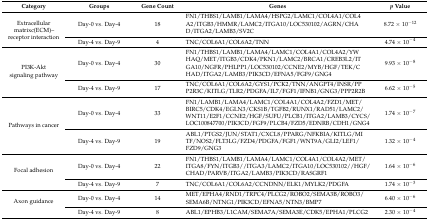
<table><thead><tr><td><b>Category</b></td><td><b>Groups</b></td><td><b>Gene Count</b></td><td><b>Genes</b></td><td><b><i>p</i> Value</b></td></tr></thead><tbody><tr><td rowspan="2">Extracellular matrixc(ECM)–receptor interaction</td><td>Day-0 vs. Day-4</td><td>18</td><td>FN1/THBS1/LAMB1/LAMA4/HSPG2/LAMC1/COL4A1/COL4A2/ITGB3/HMMR/LAMC2/ITGA10/LOC530102/AGRN/CHAD/ITGA2/LAMB3/SV2C</td><td>8.72 × 10<sup>−12</sup></td></tr><tr><td>Day-4 vs. Day-9</td><td>4</td><td>TNC/COL6A1/COL6A2/TNN</td><td>4.74 × 10<sup>−</sup><sup>4</sup></td></tr><tr><td rowspan="2">PI3K-Akt signaling pathway</td><td>Day-0 vs. Day-4</td><td>30</td><td>FN1/THBS1/LAMB1/LAMA4/LAMC1/COL4A1/COL4A2/YWHAQ/MET/ITGB3/CDK4/PKN1/LAMC2/BRCA1/CREB3L2/ITGA10/NGFR/PHLPP1/LOC530102/CCNE2/MYB/HGF/TEK/CHAD/ITGA2/LAMB3/PIK3CD/EFNA5/FGF9/GNG4</td><td>9.93 × 10<sup>−</sup><sup>8</sup></td></tr><tr><td>Day-4 vs. Day-9</td><td>17</td><td>TNC/COL6A1/COL6A2/GYS1/PCK2/TNN/ANGPT4/INSR/PPP2R3C/KITLG/TLR2/PDGFA/IL7/FGF1/IFNB1/GNG3/PPP2R2B</td><td>6.62 × 10<sup>−</sup><sup>5</sup></td></tr><tr><td rowspan="2">Pathways in cancer</td><td>Day-0 vs. Day-4</td><td>33</td><td>FN1/LAMB1/LAMA4/LAMC1/COL4A1/COL4A2/FZD1/MET/BIRC5/CDK4/EGLN3/CKS1B/TGFB2/RUNX1/RAD51/LAMC2/WNT11/E2F1/CCNE2/HGF/SUFU/PLCB1/ITGA2/LAMB3/CYCS/LOC100847700/PIK3CD/FGF9/PLCB4/FZD5/EDNRB/CDH1/GNG4</td><td>1.74 × 10<sup>−</sup><sup>7</sup></td></tr><tr><td>Day-4 vs. Day-9</td><td>19</td><td>ABL1/PTGS2/JUN/STAT1/CXCL8/PPARG/NFKBIA/KITLG/MITF/NOS2/FLT3LG/FZD4/PDGFA/FGF1/WNT9A/GLI2/LEF1/FZD9/GNG3</td><td>1.32 × 10<sup>−</sup><sup>4</sup></td></tr><tr><td rowspan="2">Focal adhesion</td><td>Day-0 vs. Day-4</td><td>22</td><td>FN1/THBS1/LAMB1/LAMA4/LAMC1/COL4A1/COL4A2/MET/ITGA8/FYN/ITGB3//ITGA3/LAMC2/ITGA10/LOC530102//HGF/CHAD/PARVB/ITGA2/LAMB3/PIK3CD/RASGRF1</td><td>1.64 × 10<sup>−</sup><sup>6</sup></td></tr><tr><td>Day-4 vs. Day-9</td><td>7</td><td>TNC/COL6A1/COL6A2/CCNDNN/ELK1/MYLK2/PDGFA</td><td>1.74 × 10<sup>−</sup><sup>3</sup></td></tr><tr><td rowspan="2">Axon guidance</td><td>Day-0 vs. Day-4</td><td>14</td><td>MET/EPHA4/RND1/TRPC4/PLCG2/ROBO2/SEMA3B/ROBO3/SEMA6B/NTNG1/PIK3CD/EFNA5/NTN3/BMP7</td><td>6.40 × 10<sup>−</sup><sup>6</sup></td></tr><tr><td>Day-4 vs. Day-9</td><td>8</td><td>ABL1/EPHB3/L1CAM/SEMA7A/SEMA3E/CDK5/EPHA1/PLCG2</td><td>2.30 × 10<sup>−</sup><sup>4</sup></td></tr></tbody></table>